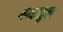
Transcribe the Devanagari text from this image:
भगवज्जुका